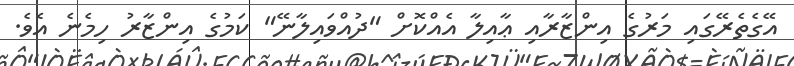
އޭގެތެރޭގައި މަރުގެ އިންޒާރާއި ޢާއިލާ އެއްކޮށް "ދުއްވައިލާނޭ" ކަމުގެ އިންޒާރު ހިމެނެ އެވެ.